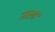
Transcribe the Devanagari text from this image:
माला॰